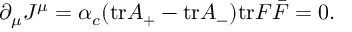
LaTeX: \partial _ { \mu } J ^ { \mu } = \alpha _ { c } ( \mathrm { t r } A _ { + } - \mathrm { t r } A _ { - } ) \mathrm { t r } F \bar { F } = 0 .